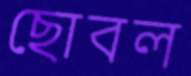
ছোবল